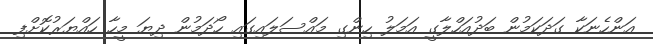
އަންހެނަކާ ގަދަކަމުން ބަދުއަހްލާގީ އަމަލު ހިންގި މައްސަލައިގައި ހޯދަމުން ދިޔަ މީހާ ހައްޔަރުކޮށްފި